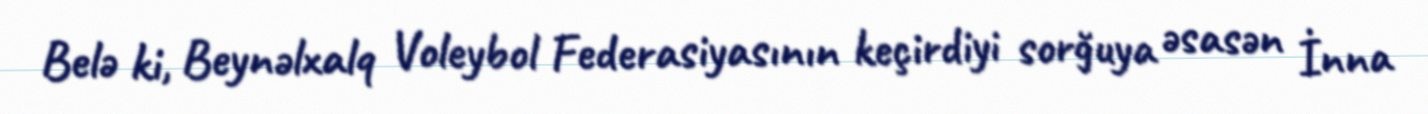
Belə ki, Beynəlxalq Voleybol Federasiyasının keçirdiyi sorğuya əsasən İnna